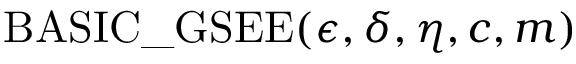
\mathrm { B A S I C \_ G S E E } ( \epsilon , \delta , \eta , c , m )